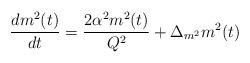
LaTeX: \begin{align*}\frac{d m^2(t)}{dt}=\frac{2\alpha^2 m^2(t)}{Q^2}+\Delta_{m^2}m^2(t)\end{align*}